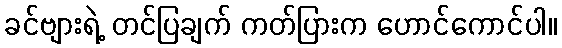
ခင်ဗျားရဲ့ တင်ပြချက် ကတ်ပြားက ဟောင်ကောင်ပါ။